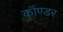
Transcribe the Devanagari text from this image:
कॉण्डर